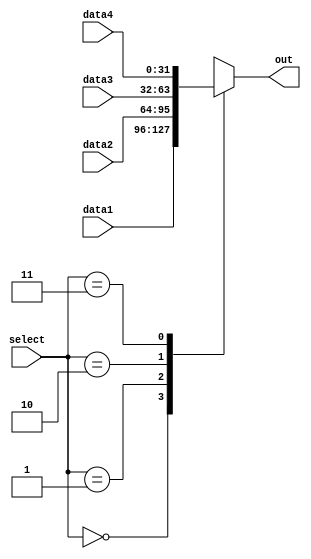
module mux4 #(parameter WIDTH = 32) (
    input      [WIDTH-1 : 0] data1,
    input      [WIDTH-1 : 0] data2,
    input      [WIDTH-1 : 0] data3,
    input      [WIDTH-1 : 0] data4,
    input      [      1 : 0] select,
    output reg [WIDTH-1 : 0] out
    );

    always @ ( * ) begin
        case (select)
            2'b00: out <= data1;
            2'b01: out <= data2;
            2'b10: out <= data3;
            2'b11: out <= data4;
        endcase
    end

endmodule // mux2

//
// module mux4_tb;
//
//     reg [31 : 0]  data1  = 32'hdeadbeef;
//     reg [31 : 0]  data2  = 32'hbeefdead;
//     reg [31 : 0]  data3  = 32'h0000beef;
//     reg [31 : 0]  data4  = 32'hdead0000;
//     reg [ 1 : 0]  select = 2'b00;
//     wire [31 : 0] out;
//
//     mux4 m4 (data1, data2, data3, data4, select, out);
//
//     initial begin
//         $monitor("data1: %h data2: %h\ndata3: %h data4: %h\nselect: %d out: %h", data1, data2, data3, data4, select, out);
//         # 10 select = 2'b01;
//         # 10 select = 2'b10;
//         # 10 select = 2'b11;
//         # 10 $finish;
//     end
//
// endmodule